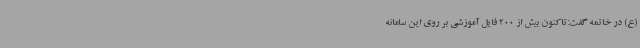
(ع) در خاتمه گفت:‌تاکنون بیش از 200 فایل آموزشی بر روی این سامانه